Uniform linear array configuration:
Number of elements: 32
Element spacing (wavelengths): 0.5
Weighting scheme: hann
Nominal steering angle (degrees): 60
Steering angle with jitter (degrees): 58.97
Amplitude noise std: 0.05
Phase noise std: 0.05

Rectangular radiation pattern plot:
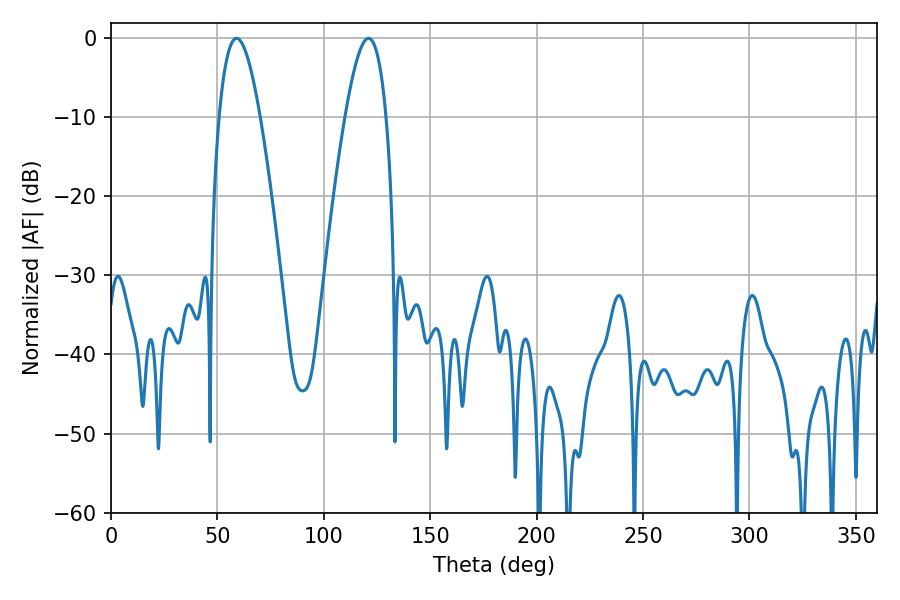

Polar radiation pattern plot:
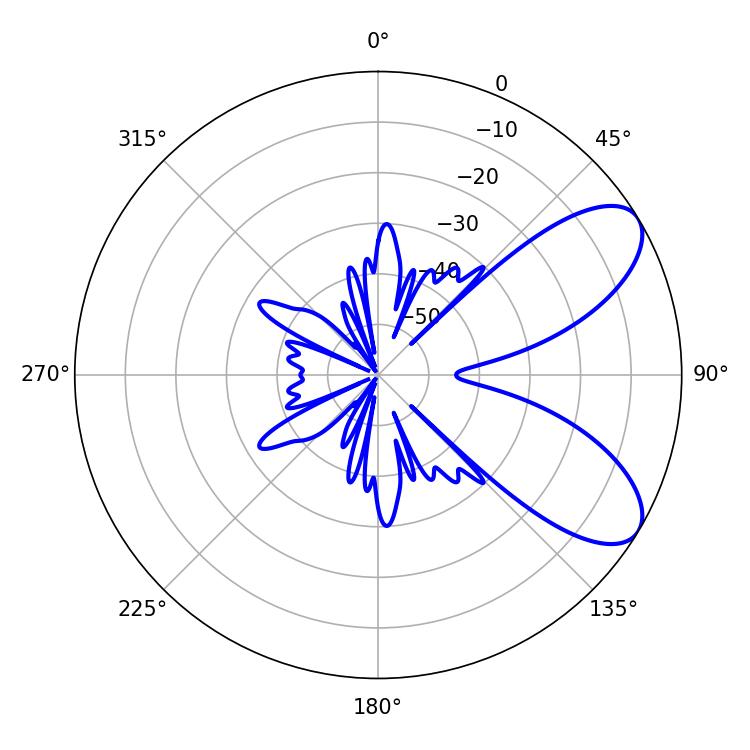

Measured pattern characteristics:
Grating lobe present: FALSE
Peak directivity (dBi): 7.677
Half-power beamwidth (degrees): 10.44
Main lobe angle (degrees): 59.04